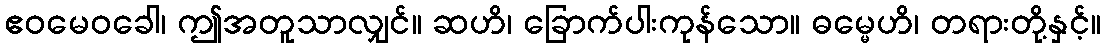
ဧဝမေဝခေါ၊ ဤအတူသာလျှင်။ ဆဟိ၊ ခြောက်ပါးကုန်သော။ ဓမ္မေဟိ၊ တရားတို့နှင့်။